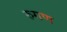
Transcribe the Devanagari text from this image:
रुगण